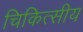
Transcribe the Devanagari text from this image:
चिकित्‍सीय